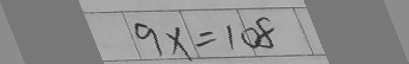
9 x = 1 0 8